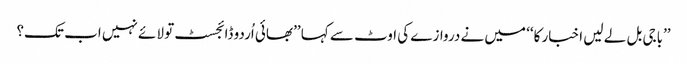
’’باجی بل لے لیں اخبار کا‘‘ میں نے دروازے کی اوٹ سے کہا ’’بھائی اُردو ڈائجسٹ تو لائے نہیں اب تک؟